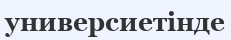
универсиетінде